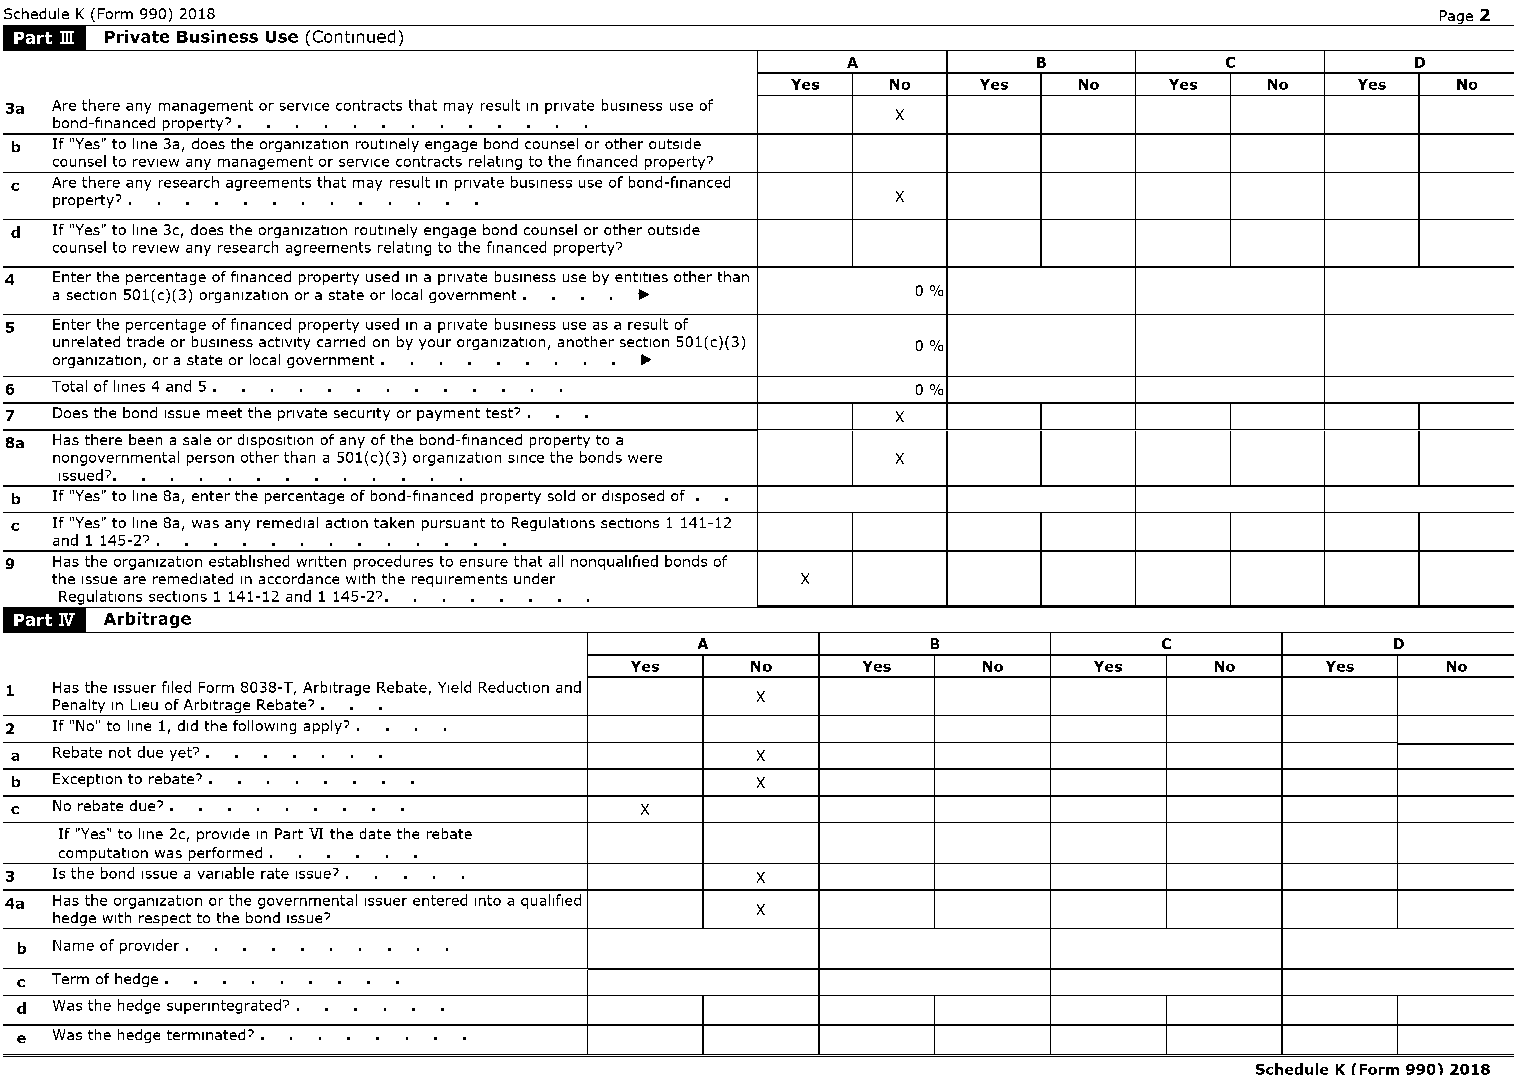
Schedule K (Form 990) 2018                                                                     Page 2
 .:l'Ti~II. Private Business Use (Continued)
 A            B           C            D
 Yes    No    Yes   No    Yes    No    Yes   No
 3a Are there any management or service contracts that may result In private business use of X
 bond-financed property? ,
 b If "Yes" to line 3a, does the organization routinely engage bond counselor other outside
 counsel to review any management or service contracts relating to the financed property?
 c Are there any research agreements that may result In private business use of bond-financed
 property? ,                                             X
 d If "Yes" to line 3c, does the organization routinely engage bond counselor other outside
 counsel to review any research agreements relating to the financed property?
 4  Enter the percentage of financed property used In a private business use by entities other than
 a section 501(c)(3) organization or a state or local government, ~ 0%
 5  Enter the percentage of financed property used In a private business use as a result of
 unrelated trade or business activity carned on by your organization, another section 501(c)(3) 0%
 organization, or a state or local government, ~
 6  Total of lines 4 and 5 ,                                  0%
 7  Does the bond Issue meet the private security or payment test? , X
 Sa Has there been a sale or disposition of any of the bond-financed property to a
 nongovernmental person other than a 501(c)(3) organization since the bonds were X
 Issued?,
 b If "Yes" to line 8a, enter the percentage of bond-financed property sold or disposed of
 c If "Yes" to line 8a, was any remedial action taken pursuant to Regulations sections 1 141-12
 and 1 145-2? ,
 9  Has the organization established written procedures to ensure that all nonquallfled bonds of
 the Issue are remedlated In accordance with the requirements under X
 Regulations sections 1 141-12 and 1 145-2?,
 .:C:II..~'_ Arbitrage
 A               B              C              D
 Yes     No     Yes     No     Yes     No      Yes     No
 1  Has the Issuer filed Form 8038-T, Arbitrage Rebate, Yield Reduction and X
 Penalty In Lieu of Arbitrage Rebate? ,
 2  If "No" to line 1, did the following apply? ,
 a Rebate not due yet? ,                          X
 b Exception to rebate? ,                         X
 c No rebate due? ,                       X
 If "Yes" to line 2c, provide In Part VI the date the rebate
 computation was performed,
 3  Is the bond Issue a variable rate Issue? ,     X
 4a Has the organization or the governmental Issuer entered Into a qualified X
 hedge with respect to the bond Issue?
 b Name of provider,
 c Term of hedge,
 d Was the hedge superlntegrated? ,
 e Was the hedge terminated? ,